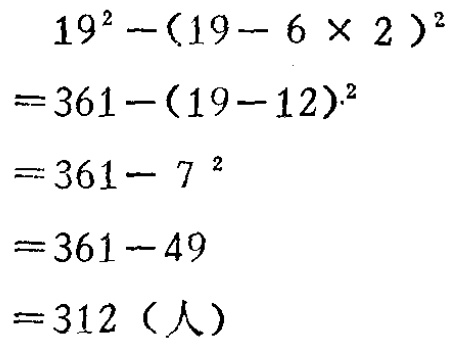
\[

\begin{align*}

&19^{2}-(19 - 6\times2)^{2}\\

=&361-(19 - 12)^{2}\\

=&361-7^{2}\\

=&361 - 49\\

=&312（人）

\end{align*}

\]